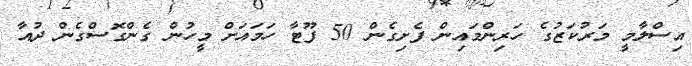
އިސްލާމީ މަރުކަޒުގެ ހަރިންމައިން ފެށިގެން 50 ފޫޓާ ހަމައަށް މީހުން ގެންގޮސްގެން ދުއާ